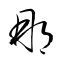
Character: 那